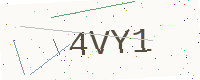
Text: 4VY1